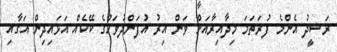
ރަޝީދު އެންމެ ފުރަތަމަ މިދާއިރާއަށް ވަން އިރު އުފަންދުވަހުގެ ކޭކެއް އަޅައިދިން އަގާއި